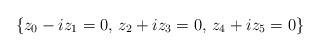
LaTeX: \begin{align*} \{ z_0 - i z_1 = 0,\, z_2 + i z_3 = 0,\, z_4 + i z_5 = 0 \}\end{align*}